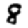
Digit: 8